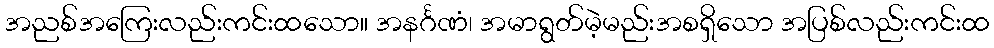
အညစ်အကြေးလည်းကင်းထသော။ အနင်္ဂဏံ၊ အမာရွတ်မဲ့မည်းအစရှိသော အပြစ်လည်းကင်းထ